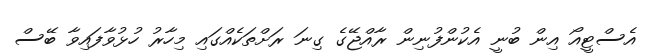
އެސްޓީއޯ އިން ބުނީ އެކުންފުނިން ރާއްޖޭގެ ގިނަ ރަށްތަކެއްގައި މިހާރު ހުޅުވާފައިވާ ބޭސް